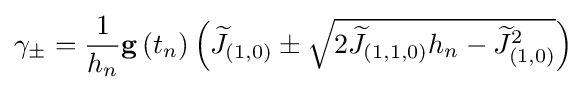
\gamma _{\pm }={\frac {1}{h_{n}}}\mathbf {g} \left(t_{n}\right){\Bigl (}{\widetilde {J}}_{\left(1,0\right)}\pm {\sqrt {2{\widetilde {J}}_{\left(1,1,0\right)}h_{n}-{\widetilde {J}}_{\left(1,0\right)}^{2}}}{\Bigr )}